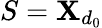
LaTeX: S=\mathbf{X}_{d_{0}}